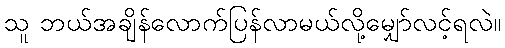
သူ ဘယ်အချိန်လောက်ပြန်လာမယ်လို့မျှော်လင့်ရလဲ။